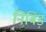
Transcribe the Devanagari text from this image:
निबिड़